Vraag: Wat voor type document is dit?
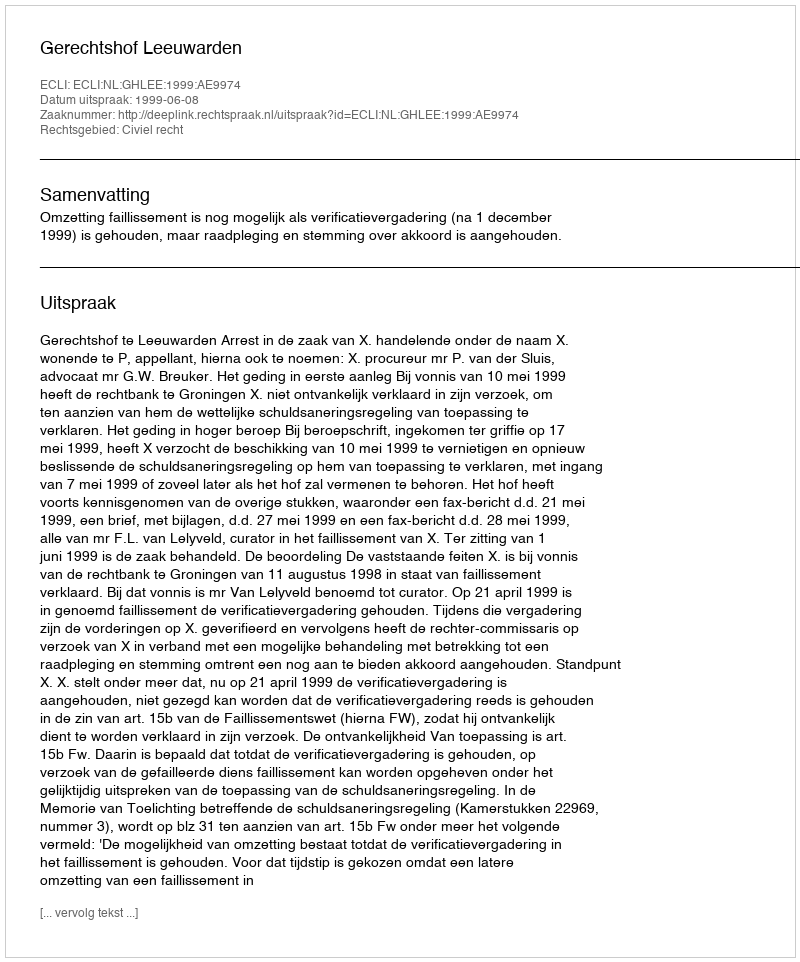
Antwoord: Uitspraak